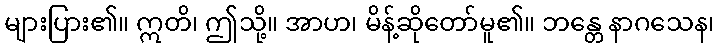
များပြား၏။ ဣတိ၊ ဤသို့။ အာဟ၊ မိန့်ဆိုတော်မူ၏။ ဘန္တေ နာဂသေန၊